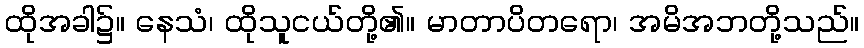
ထိုအခါ၌။ နေသံ၊ ထိုသူငယ်တို့၏။ မာတာပိတရော၊ အမိအဘတို့သည်။